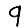
Digit: 9